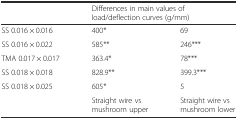
|  | <COLSPAN=2> Differences in main values of load/deflection curves (g/mm) |
 | --- | --- | --- |
 | SS 0.016 × 0.016 | 400* | 69 |
 | SS 0.016 × 0.022 | 585** | 246*** |
 | TMA 0.017 × 0.017 | 363.4* | 78*** |
 | SS 0.018 × 0.018 | 828.9** | 399.3*** |
 | SS 0.018 × 0.025 | 605* | 5 |
 |  | Straight wire vs mushroom upper | Straight wire vs mushroom lower |